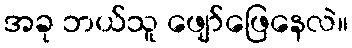
အခု ဘယ်သူ ဖျော်ဖြေနေလဲ။